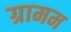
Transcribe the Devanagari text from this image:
ग्रामम